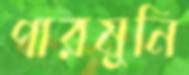
পারমুনি